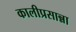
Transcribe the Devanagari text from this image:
कालीप्रसान्ना